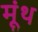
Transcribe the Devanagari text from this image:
मूंथ